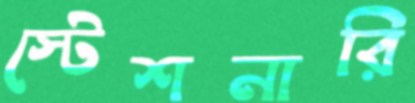
স্টেশনারি